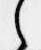
之